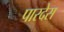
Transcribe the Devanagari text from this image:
पारदेस